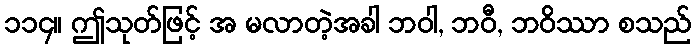
၁၁၄။ ဤသုတ်ဖြင့် အ မလာတဲ့အခါ ဘဝါ, ဘဝီ, ဘဝိဿာ စသည်